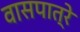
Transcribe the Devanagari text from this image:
वासपात्रे